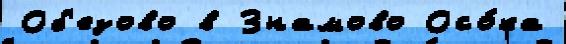
Об'езово в Знамово Осо́ка